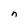
Character: n